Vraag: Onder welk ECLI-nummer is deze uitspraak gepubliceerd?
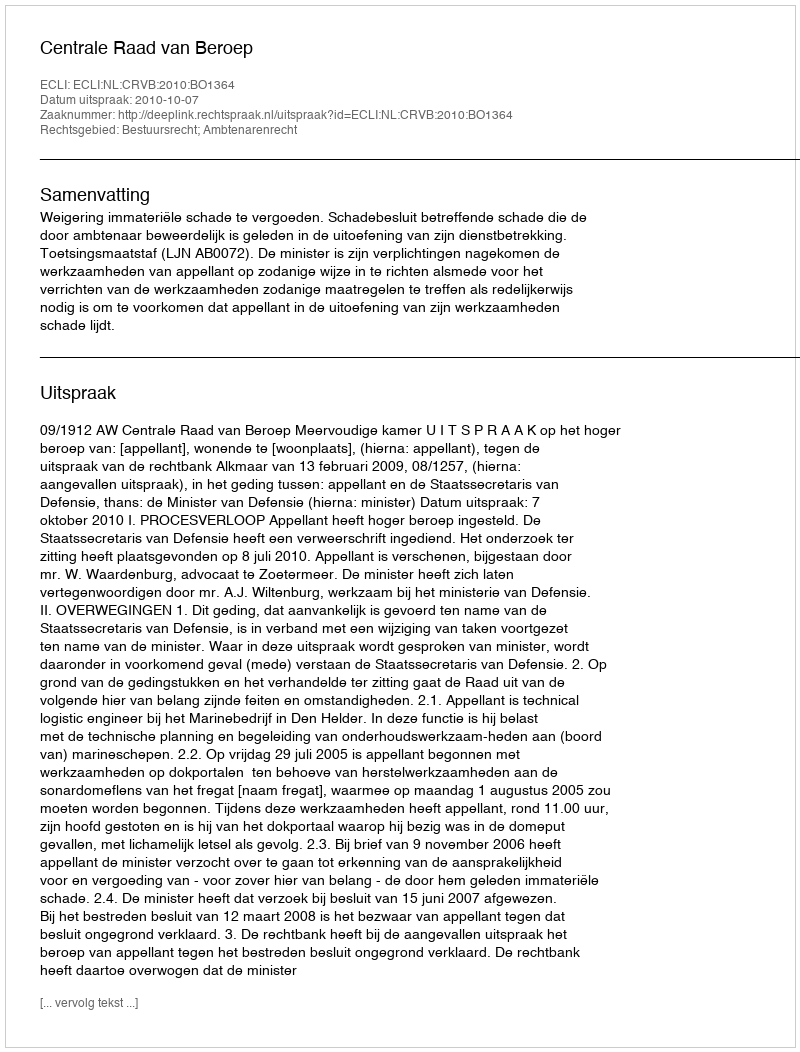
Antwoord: ECLI:NL:CRVB:2010:BO1364